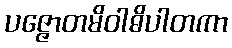
ပဇ္ဇောတမိဝါဓိပါတကာ